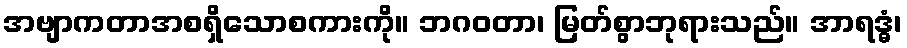
အဗျာကတာအစရှိသောစကားကို။ ဘဂဝတာ၊ မြတ်စွာဘုရားသည်။ အာရဒ္ဓံ၊